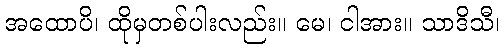
အထောပိ၊ ထိုမှတစ်ပါးလည်း။ မေ၊ ငါအား။ သာဒိသီ၊